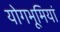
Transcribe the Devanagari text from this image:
योगभूमियां